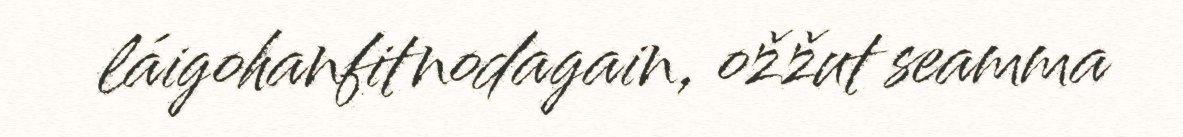
láigohanfitnodagain, ožžut seamma